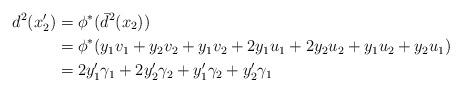
LaTeX: \begin{align*} d^2(x'_2) &=\phi^*(\bar{d}^2(x_2))\\ &=\phi^*(y_1v_1+y_2v_2+y_1v_2+2y_1u_1 +2y_2u_2+y_1u_2+y_2u_1)\\&=2y'_1\gamma_1+2y'_2\gamma_2+y'_1\gamma_2+y'_2\gamma_1\end{align*}